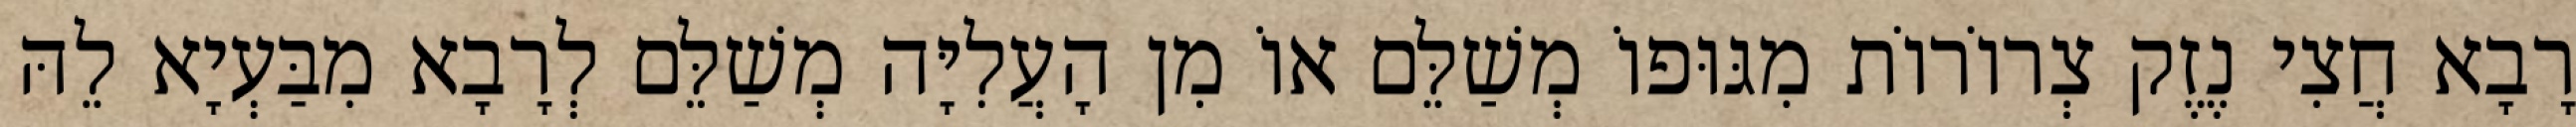
רָבָא חֲצִי נֶזֶק צְרוֹרוֹת מִגּוּפוֹ מְשַׁלֵּם אוֹ מִן הָעֲלִיָּה מְשַׁלֵּם לְרָבָא מִבַּעְיָא לֵהּ